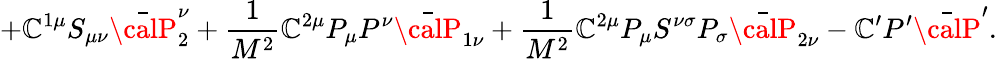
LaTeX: +{\cal\mathbb{C}}^{1\mu}S_{\mu\nu}\bar{{\calP}}_{2}^{\nu}+\frac{{1}}{{M^{2}}}{\cal\mathbb{C}}^{2\mu}P_{\mu}P^{\nu}\bar{{\calP}}_{1\nu}+\frac{{1}}{{M^{2}}}{\cal\mathbb{C}}^{2\mu}P_{\mu}S^{\nu\sigma}P_{\sigma}\bar{{\calP}}_{2\nu}-{\cal\mathbb{C}}^{\prime}P^{\prime}\bar{{\calP}}^{\prime}.